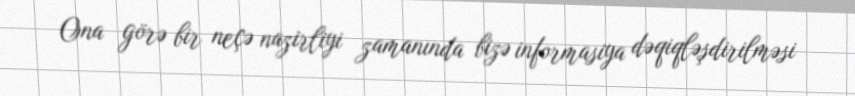
Ona görə bir neçə nazirliyi zamanında bizə informasiya dəqiqləşdirilməsi